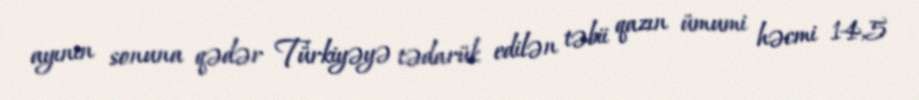
ayının sonuna qədər Türkiyəyə tədarük edilən təbii qazın ümumi həcmi 14,5